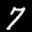
Label: 7